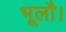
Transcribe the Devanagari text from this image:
भूलौ।